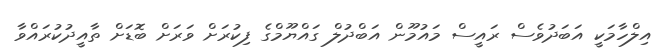
އިލްހާމަކީ އަބަދުވެސް ރައީސް މައުމޫން އަބްދުލް ގައްޔޫމްގެ ފިކުރަށް ވަރަށް ބޮޑަށް ތާއީދުކުރައްވާ